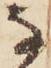
な